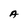
Character: A